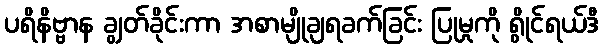
ပရိနိဗ္ဗာန ချွတ်ခိုင်းကာ အစာမျိုချရခက်ခြင်း ပြုမှုကို ရွိုင်ရယ်ဒီ